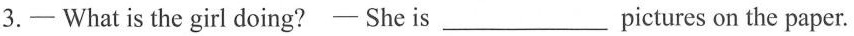
3.- What is the girl doing?- She is___pictures on the paper.